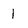
Character: 1